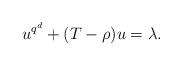
LaTeX: \begin{align*}u^{q^d}+ (T-\rho)u =\lambda.\end{align*}